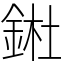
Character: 𨧀